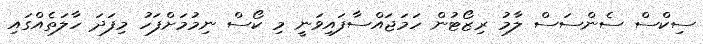
ސިކްސް ސެންސަސް ލާމު ރިޒޯޓުން ހަމަޖައްސާފައިވަނީ މި ކޯސް ނިމުމަށްފަހު މިފަދަ ހާލަތެއްގައި